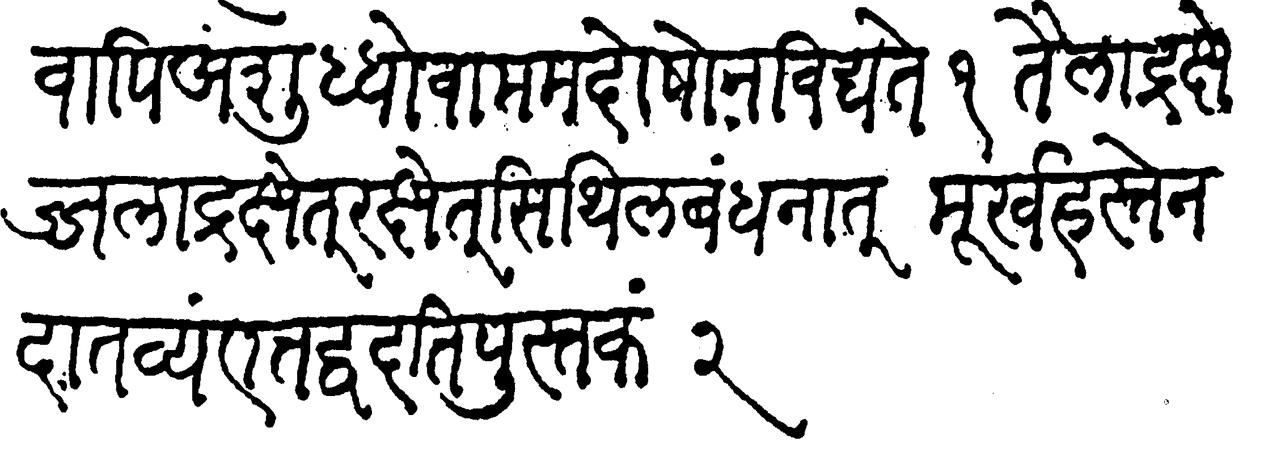
Transliteration (Devanagari): शुद्धोवापि अशुध्धोवा मम दोषो न विद्यते तैलाद्रक्षे ज्जलाद्रक्षे रक्षेत सिथिल बंधनात् मूर्ख हस्ते न दातव्यं एतद्धदति पुस्तकं